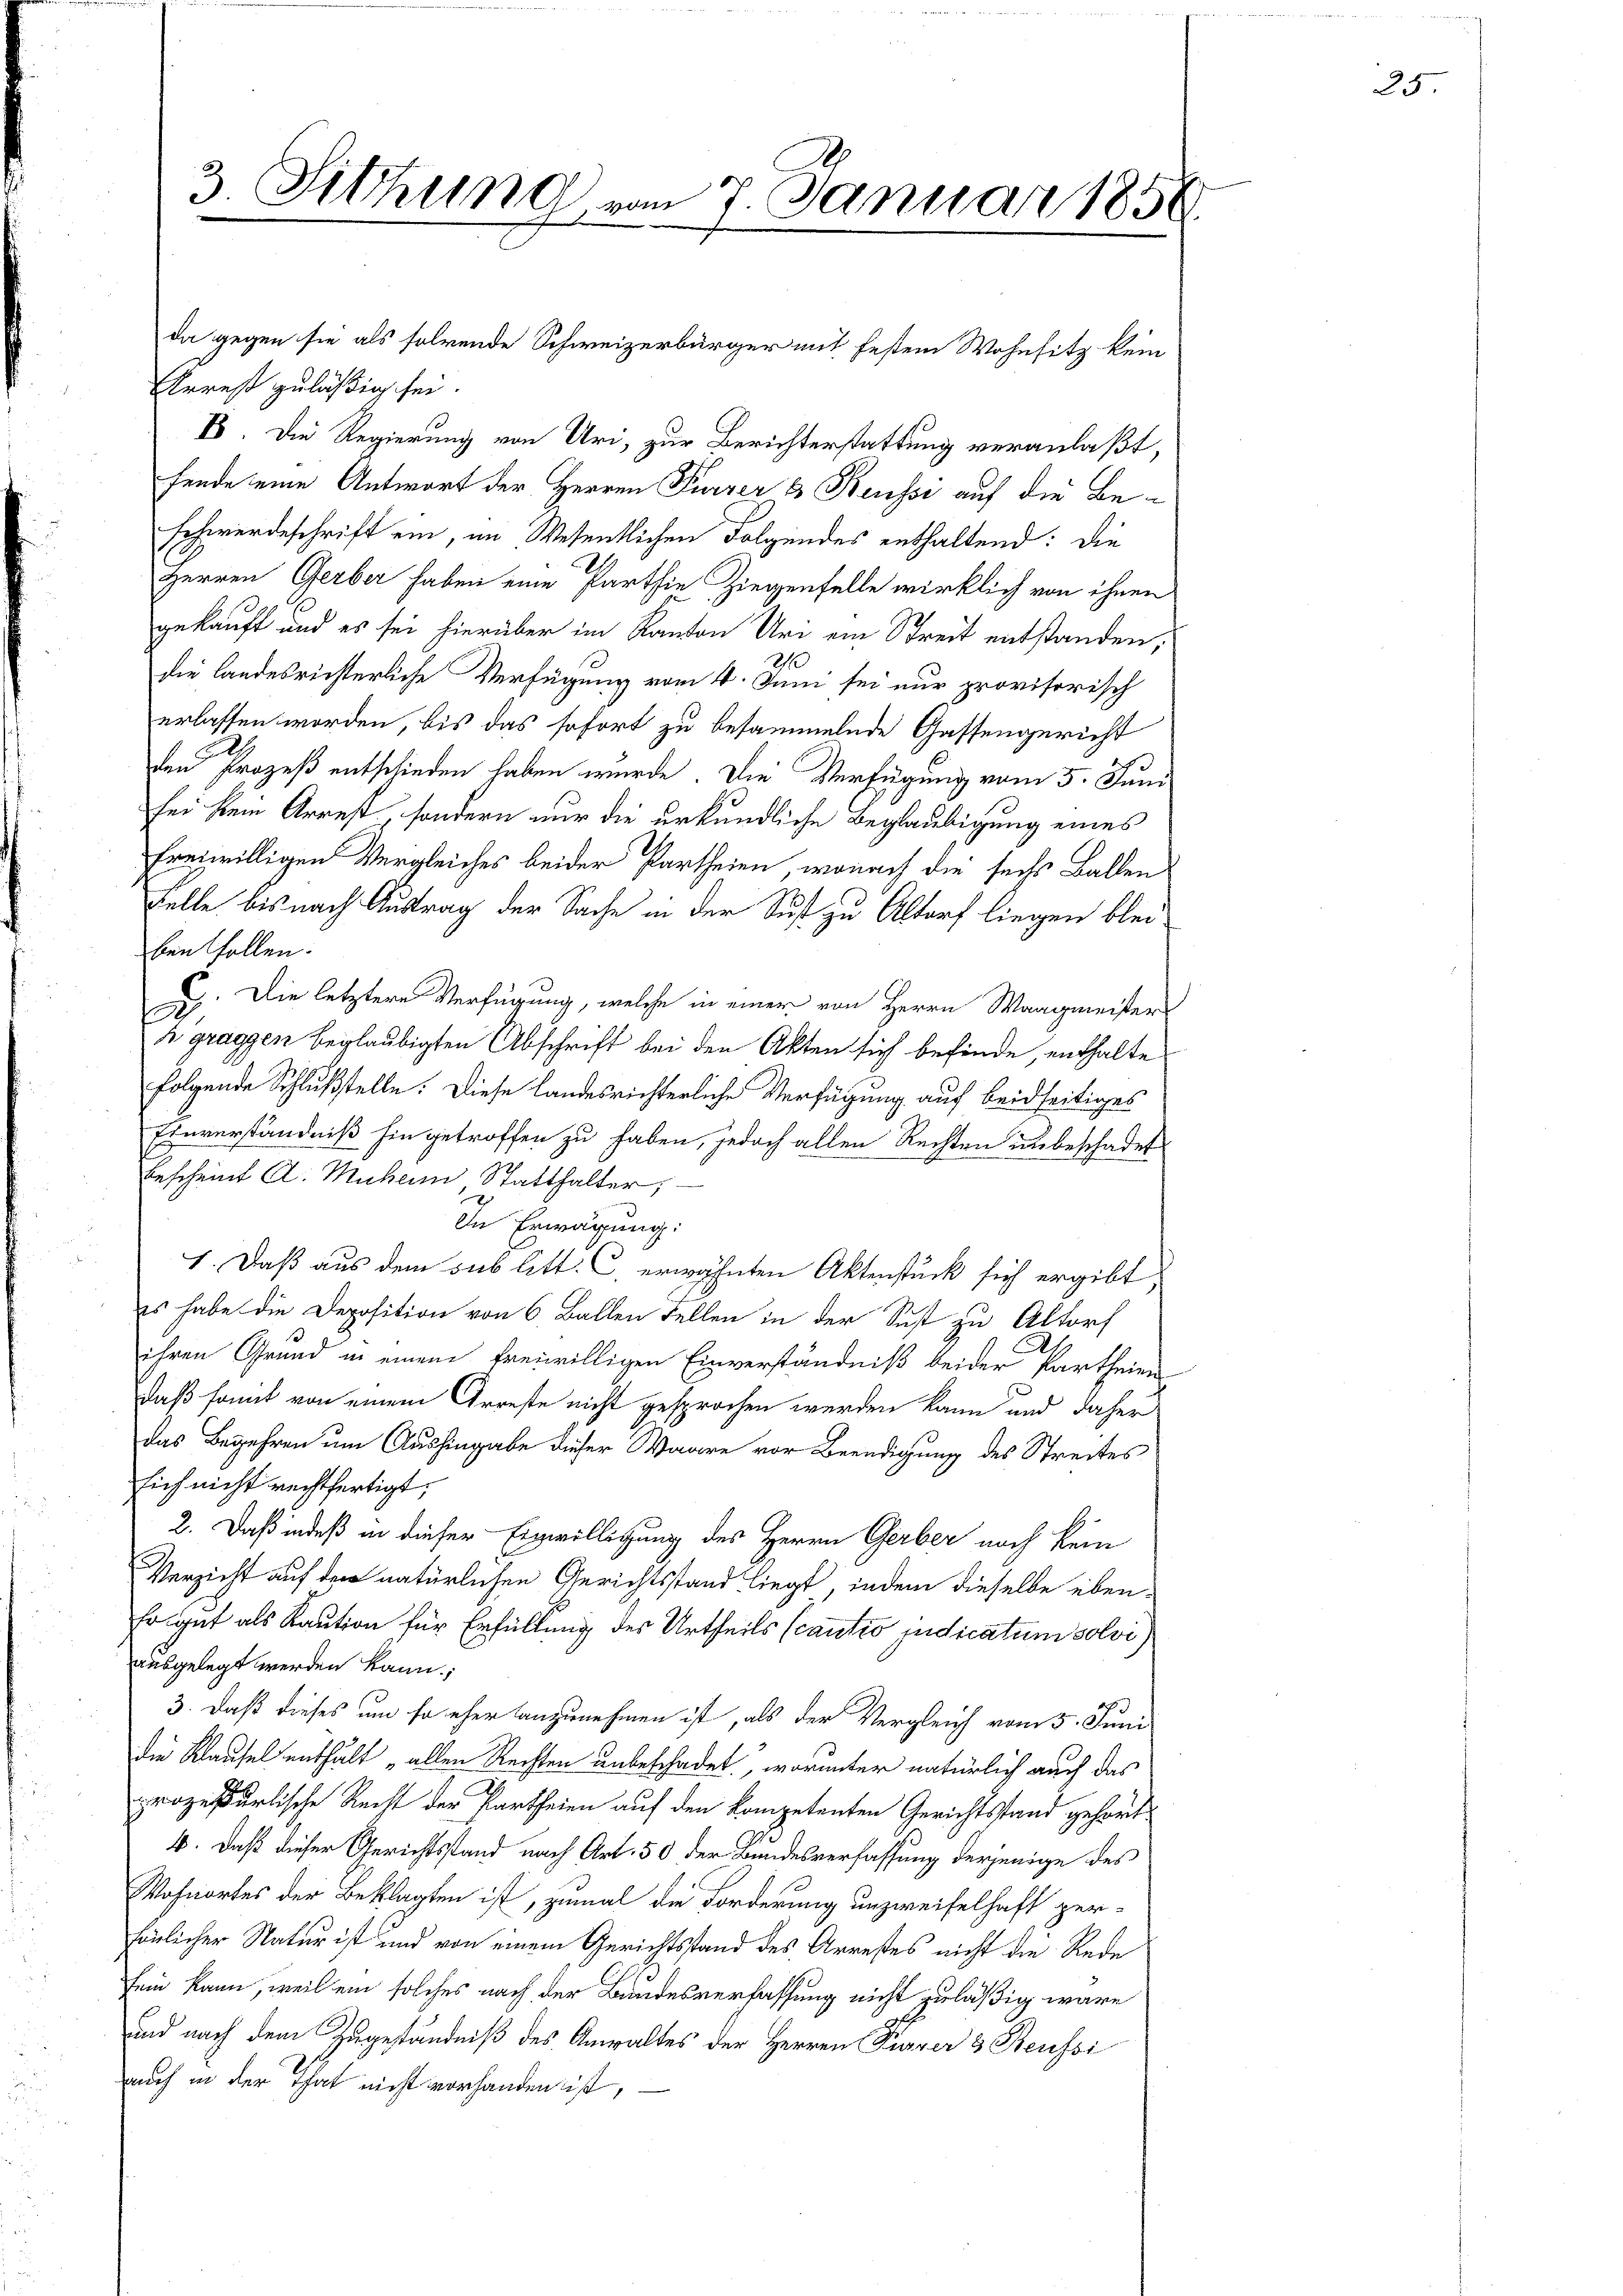
3 Sitzung vom 7. Januar 1858.

Arrest zuläßig sei.
B. Die Regierung von Uri, zur Berichterstattung veranlaßt,
fende eine Antwort der Herren Furrer & Reussi auf die Be¬
Schwerdeschrift ein, im Wesentlichen Folgendes enthaltend: die
Herren Gerber haben eine Parthie Ziegenfelle wirklich von ihnen
gekauft und es sei hierüber im Kanton Uri ein Streit entstanden;
die landesrichterliche Verfügung vom 4. Juni sei nur provisorisch
erlassen worden, bis das sofort zu besammelnde Gassengericht
d
den Prozeß entschieden haben wurde. Die Verfügung vom 5. Juni
sei kein Arrest, sondern nur die urkundliche Beglaubigung eines
freiwilligen Vergleiches beider Partheien, wonach die sechs Ballen
Felle bis nach Austrag der Sache in der Sust zu Altorf liegen bleibenfallen.
2). Die letztere Verfügung, welche in einer von Herrn Waagmeisters
s graggen beglaubigten Abschrift bei den Akten sich befinde, enthalte
folgende Schlußstelle. Diese landesrichterliche Verfügung auf beidseitiges
Einverständniß hingetroffen zu haben, jedoch allen Rechten unbeschadet
Bescheint A. Muheim Statthalter,
In Erwägung:
1. Daß aus dem sub litt. C. erwähnten Aktenstück sich ergibt,
es habe die Deposition von 6 Ballen Fellen in der Sust zu Altorf
ihren Grund in einem freiwilligen Einverständniß beider Partheien
daß somit von einem Arreste nicht gesprochen werden kann und daher
das Begehren um Aushingabe dieser Waare vor Beendigung des Streites
sich nicht rechtfertigt,
2. Daß indeß in dieser Einwilligung des Herrn Gerber noch kein
Verzicht auf den natürlichen Gerichtsstand liegt, indem dieselbe eben¬
Er gut als Kaution für Erfüllung des Urtheils (cautio judicatum solvi)
ausgelegt werden kann.
3. Daß dieses um so eher anzunehmen ist, als der Vergleich vom 5. Juni
die Klausel enthält „allen Rechten unbeschadet, worunter natürlich auch das
prozeßurlische Recht der Partheien auf den Kompetenten Gerichtsstand gehört¬
4. Daß dieser Gerichtsstand nach Art. 50 der Bundesverfassung derjenige des
Wohnortes der Beklagten ist, zumal die Forderung unzweifelhaft per-
Fönlicher Natur ist und von einem Gerichtsstand des Arrestes nicht die Rede
fein kann, weil ein solches nach der Bundesverfassung nicht zuläßig wäre
und nach dem Zugeständniß des Anwaltes der Herren Furrer 3 Reussi
auch in der That nicht vorhanden ist,

da gegen sie als folgende Schweizerbürger mit festem Wohnsitz kein